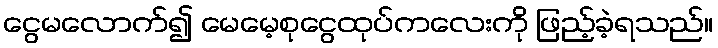
ငွေမလောက်၍ မေမေ့စုငွေထုပ်ကလေးကို ဖြည့်ခဲ့ရသည်။